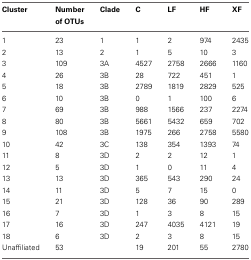
<table><thead><tr><td><b>Cluster</b></td><td><b>Number</b></td><td><b>Clade</b></td><td><b>C</b></td><td><b>LF</b></td><td><b>HF</b></td><td><b>XF</b></td></tr><tr><td></td><td><b>of OTUs</b></td><td></td><td></td><td></td><td></td><td></td></tr></thead><tbody><tr><td>1</td><td>23</td><td>1</td><td>1</td><td>2</td><td>974</td><td>2435</td></tr><tr><td>2</td><td>13</td><td>2</td><td>1</td><td>5</td><td>10</td><td>3</td></tr><tr><td>3</td><td>109</td><td>3A</td><td>4527</td><td>2758</td><td>2666</td><td>1160</td></tr><tr><td>4</td><td>26</td><td>3B</td><td>28</td><td>722</td><td>451</td><td>1</td></tr><tr><td>5</td><td>18</td><td>3B</td><td>2789</td><td>1819</td><td>2829</td><td>525</td></tr><tr><td>6</td><td>10</td><td>3B</td><td>0</td><td>1</td><td>100</td><td>6</td></tr><tr><td>7</td><td>69</td><td>3B</td><td>988</td><td>1566</td><td>237</td><td>2274</td></tr><tr><td>8</td><td>80</td><td>3B</td><td>5661</td><td>5432</td><td>659</td><td>702</td></tr><tr><td>9</td><td>108</td><td>3B</td><td>1975</td><td>266</td><td>2758</td><td>5580</td></tr><tr><td>10</td><td>42</td><td>3C</td><td>138</td><td>354</td><td>1393</td><td>74</td></tr><tr><td>11</td><td>8</td><td>3D</td><td>2</td><td>2</td><td>12</td><td>1</td></tr><tr><td>12</td><td>5</td><td>3D</td><td>1</td><td>0</td><td>11</td><td>4</td></tr><tr><td>13</td><td>13</td><td>3D</td><td>365</td><td>543</td><td>290</td><td>24</td></tr><tr><td>14</td><td>11</td><td>3D</td><td>5</td><td>7</td><td>15</td><td>0</td></tr><tr><td>15</td><td>21</td><td>3D</td><td>128</td><td>36</td><td>90</td><td>289</td></tr><tr><td>16</td><td>7</td><td>3D</td><td>1</td><td>3</td><td>8</td><td>15</td></tr><tr><td>17</td><td>16</td><td>3D</td><td>247</td><td>4035</td><td>4121</td><td>19</td></tr><tr><td>18</td><td>6</td><td>3D</td><td>2</td><td>3</td><td>8</td><td>15</td></tr><tr><td>Unaffiliated</td><td>53</td><td></td><td>19</td><td>201</td><td>55</td><td>2780</td></tr></tbody></table>